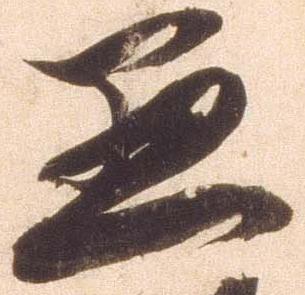
愚